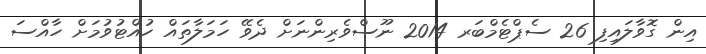
އިން ގޮވާލައިފި 26 ސެޕްޓެމްބަރ 2014 ނޫސްވެރިންނަށް ދެވޭ ހަމަލާތައް ހުއްޓުވުމަށް ހާއްސަ